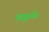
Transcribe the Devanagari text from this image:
काढुनी॥